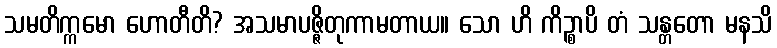
သမတိက္ကမော ဟောတီတိ? အသမာပဇ္ဇိတုကာမတာယ။ သော ဟိ ကိဉ္စာပိ တံ သန္တတော မနသိ